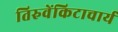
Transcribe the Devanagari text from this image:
तिरुवेंकिटाचार्य